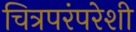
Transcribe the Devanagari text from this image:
चित्रपरंपरेशी